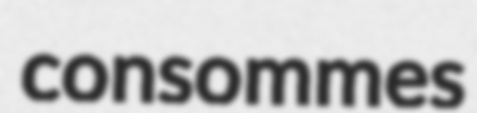
consommes